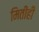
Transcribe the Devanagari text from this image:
मितीही